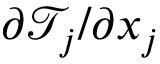
\partial \mathcal { T } _ { j } / \partial x _ { j }